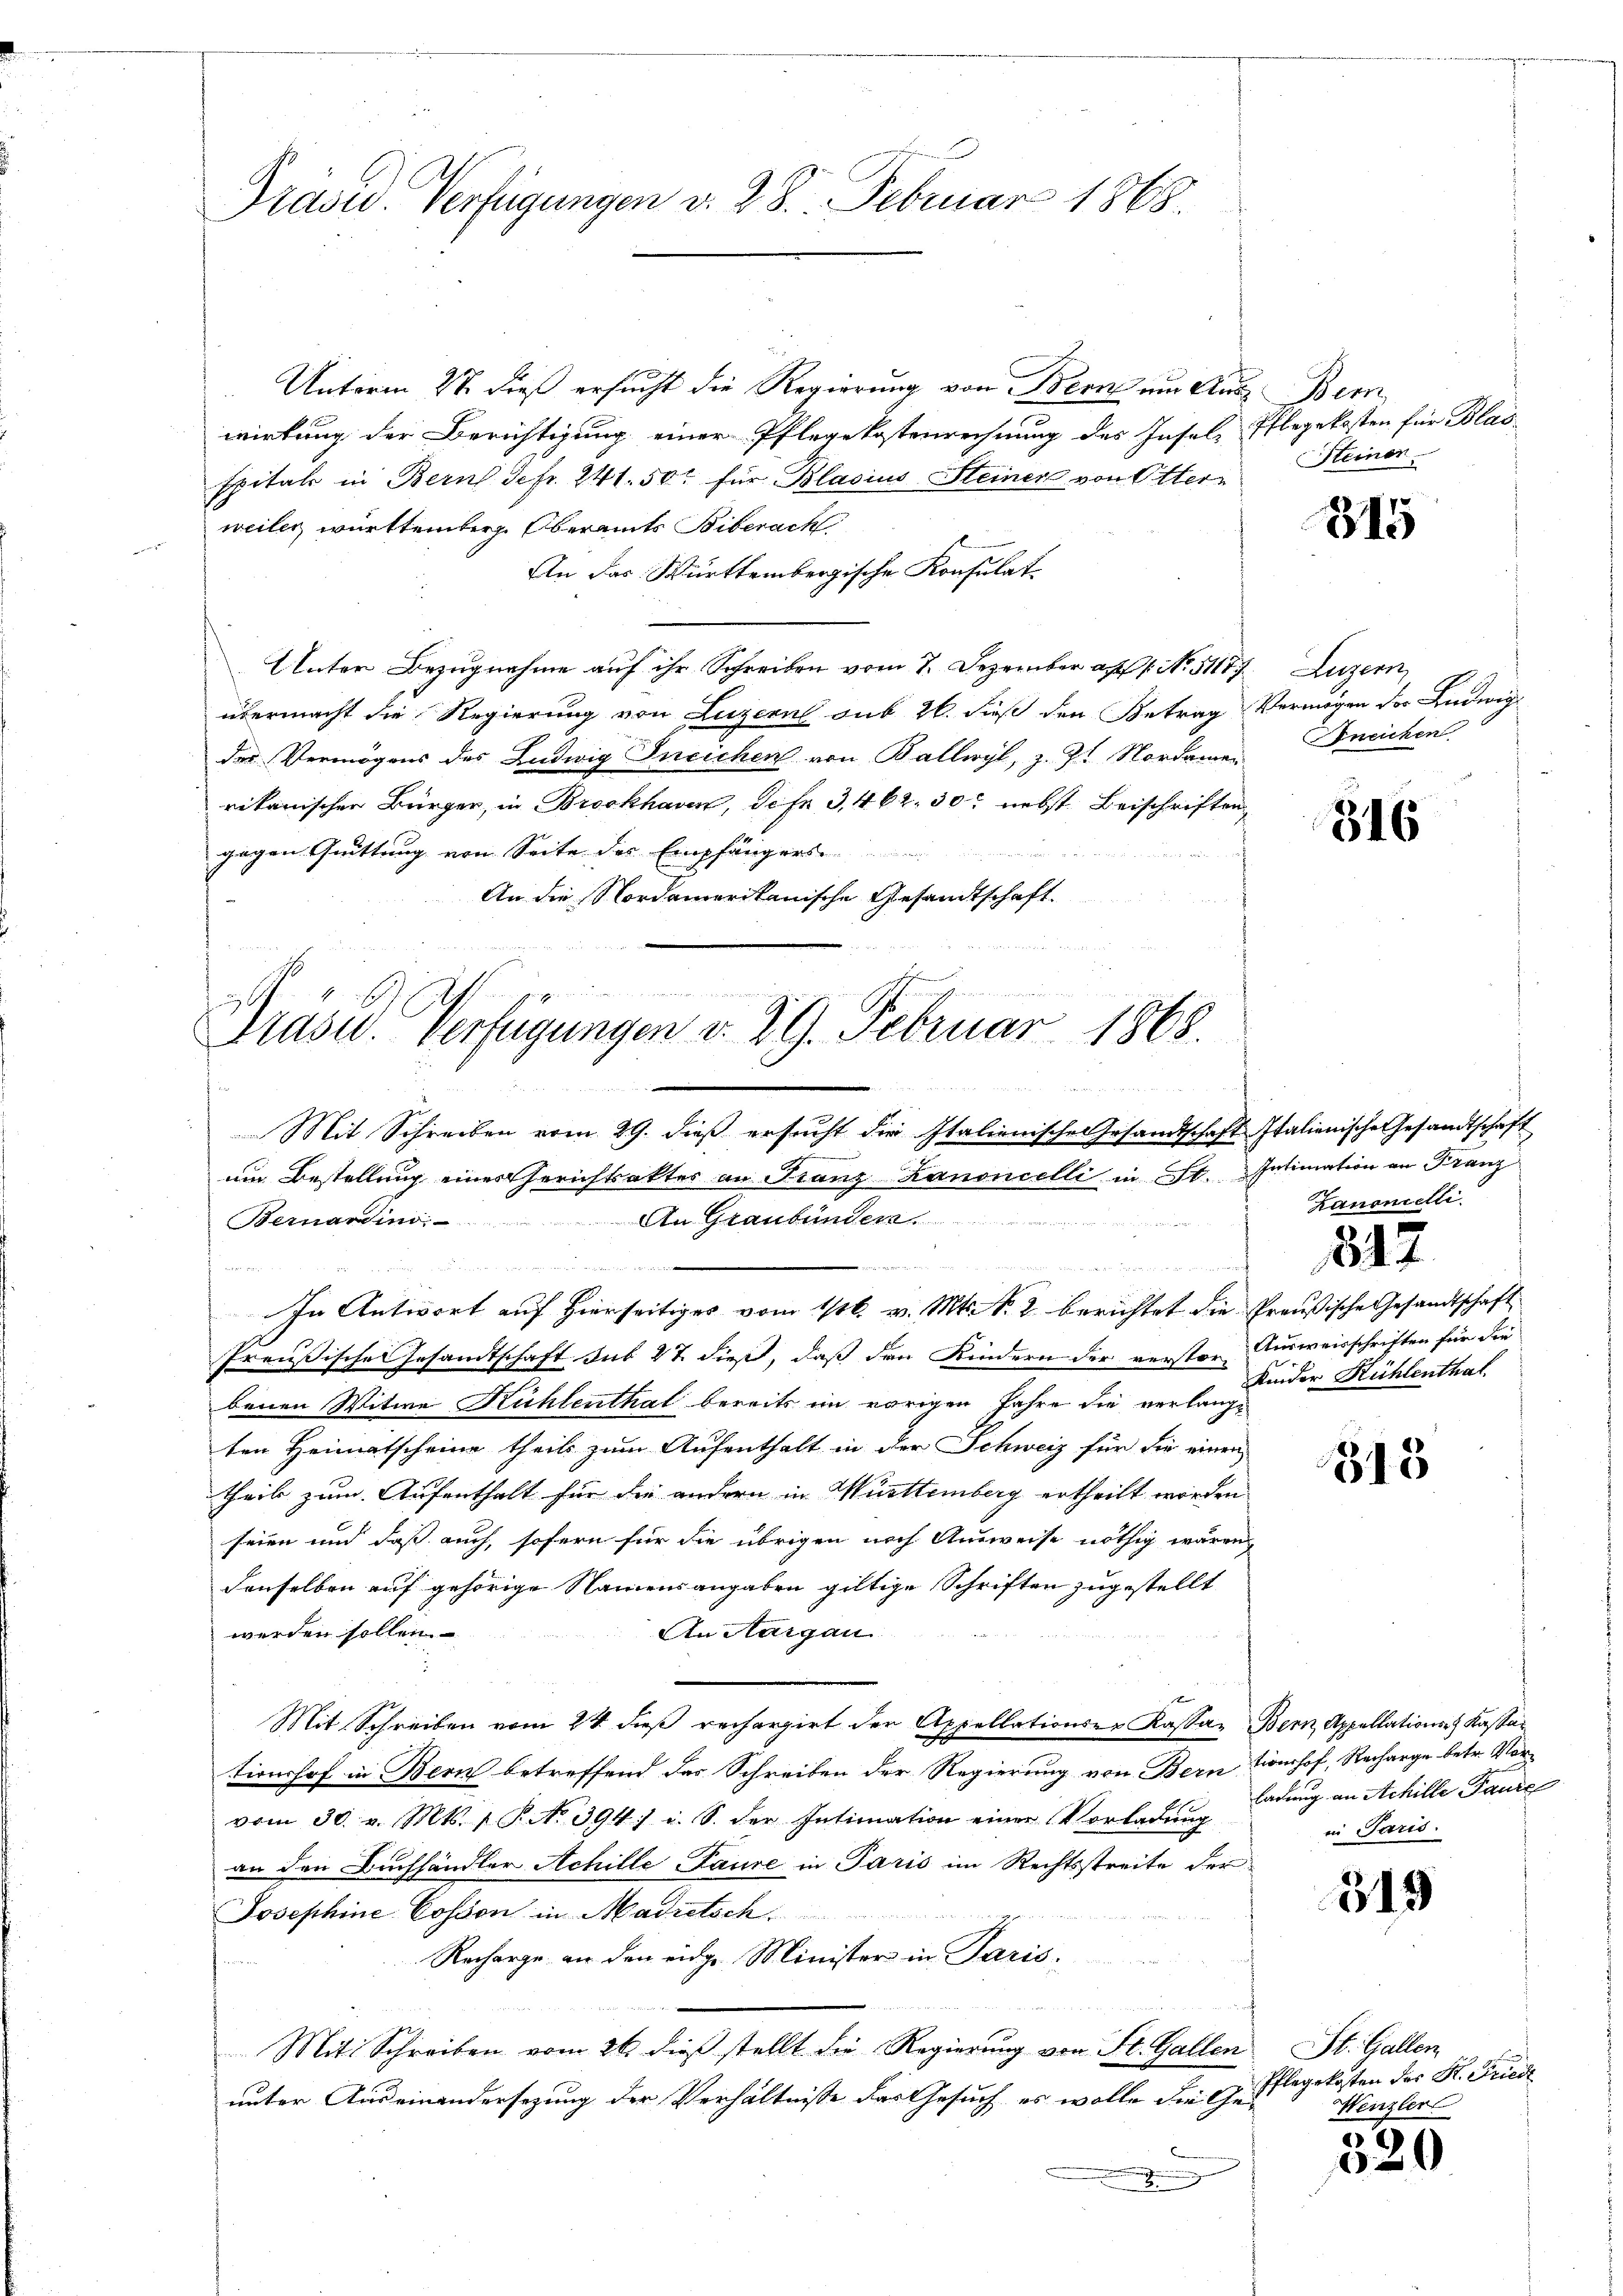
Präved-Verfügungen d. 28. Februar 1868.

Unterm 27. dieß ersucht die Regierung von Bern um Aus Bern,
wirkung der Berichtigung einer Pflegekostenrechnung des Insel, Pflegekosten für Blas¬
Epitals in Bern Sefr. 241. 50 für Blasius Steiner von Otter
weiler, württemberg. Oberamts Biberach
An das Württembergische Konsulat¬
Unter Bezugnahme auf ihr Schreiben vom 7. Dezember a. f. No. 51177
übermacht die Regierung von Luzern sub 20. dieß den Betrag Vermögen der Ludwig
der Vermögens des Ludwig Ineichen von Ballwyl, z. Z. Nordamen
rikanischen Bürger, in Brockhaven, Sefe 3,462, 30 nebst Beischriften,
gegen Quittung von Seite des Empfängers
An die Nordamerikanische Gesandtschaft.

Prase. Verfügungen v. 29. Februar 1868.

e
Mit Schreiben vom 29. dieß ersucht die Italienische Gesandtschaft Italienische Gesandtschaft
um Bestellung eines Gerichtsaktes an Franz Kanoncelli in St. Intimation an Franz
Bernardino. An Graubünder.

             gern einige
u        sich in die wenn in dass die Her

1

In Antwort auf Hierseitiges vom 1/16. v. Mts. S. 2 berichtet die Preußische Gesandtschaft
Preußische Gesandtschaft sub 27 dieß, daß den Kindern der verster Ausweisschriften für die
benen Witwe Kühlenthat bereits im vorigen Jahre die verlangten Heimatscheine theils zum Aufenthalt in der Schweiz für die einen
theil zum Aufenthalt für die andern in Württemberg ertheilt worden
seien und daß auch, sofern für die übrigen nach Ausweise nöthig wären,
denselben auf gehörige Namensangaben giltige Schriften zugestellt
An Aargau
werden sollen.
Mit Schreiben vom 24. dieß rechargirt der Appellationser Kassa- Bern, Appellationst Kassar
tionshof in Bern betreffend das Schreiben der Regierung von Bern tionshof, Recharge betr. Vorvom 30. v. Mts. 1 P. No 394 u. S. der Intimation einer Vorladung
an den Buchhändler Achille Paure in Paris im Rechtsstreite der
Josephine Cosson in Madretsch
Recharge an den eidge Minister in Paris.
Mit Schreiben vom 26. dieß stellt die Regierung von St. Gallen
unter Auseinandersezung der Verhältnisse das Gesuch, es wolle die Ge-
.

Steinen.

315

Luzern,
neichen

316

zanonielli

847

Kinder Kühlenthal

513

ladung an Achille Paure
in Paris.

319

St. Gallen
u
Pflegekosten der St. Fried
Wenzler

)
20